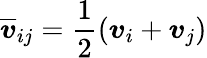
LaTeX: \overline{{\boldsymbol{v}}}_{ij}=\frac{1}{2}(\boldsymbol{v}_{i}+\boldsymbol{v}_{j})